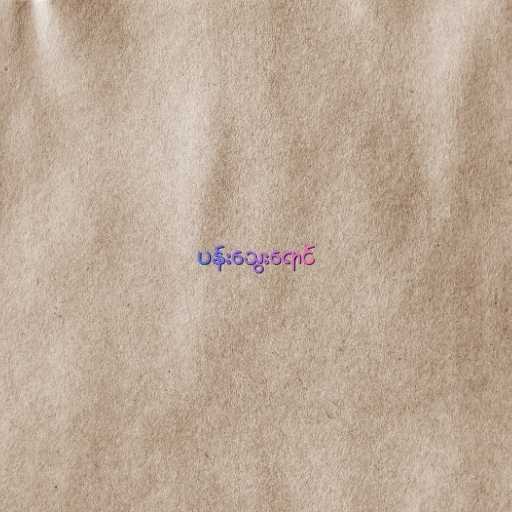
ပန်းသွေးရောင်